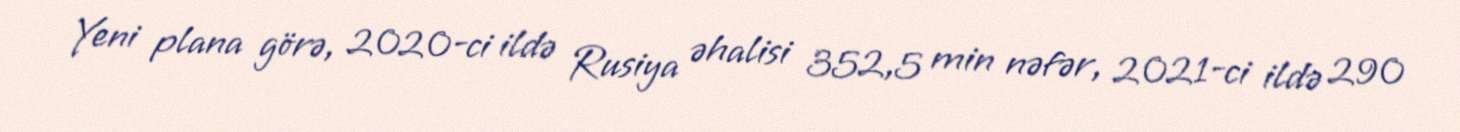
Yeni plana görə, 2020-ci ildə Rusiya əhalisi 352,5 min nəfər, 2021-ci ildə 290